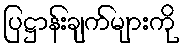
ပြဋ္ဌာန်းချက်များကို